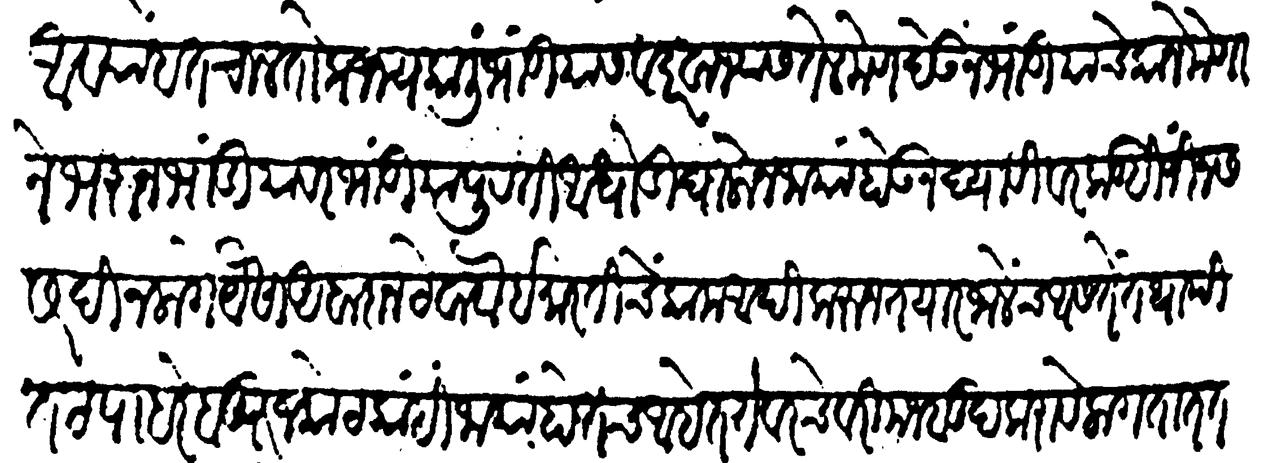
Transliteration (Devanagari): अव्याहत चालतो पर्जन्यकाळीं भांडीयास व दरवाज्यांस तेल मेण देऊन भांडीयांचे काने मेणाने भरुन भांडियांवर भांडियां पुरती आघोडी घालोन जायां होऊं न द्यावीं वरकड जिनस सरदी न लागे यैसा अबादान ठेवावा इमारतीचें काम आदिकरुन तयार जालेंच आसते तथापि तट पाहरे बुरुज कोट काही जाया होतच आहेत ते वरचेवरी मजबूद करावे लागतात तटास